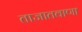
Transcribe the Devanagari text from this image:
ताजातवाणा